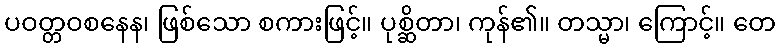
ပဝတ္တဝစနေန၊ ဖြစ်သော စကားဖြင့်။ ပုစ္ဆိတာ၊ ကုန်၏။ တသ္မာ၊ ကြောင့်။ တေ